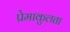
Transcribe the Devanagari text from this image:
प्रेमाकुलता